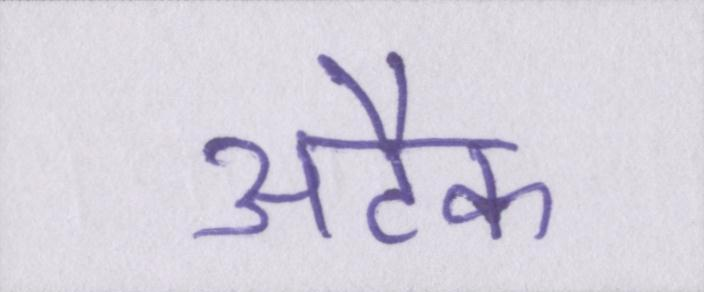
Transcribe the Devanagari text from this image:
अटैक